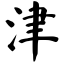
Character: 津